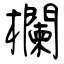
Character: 欄